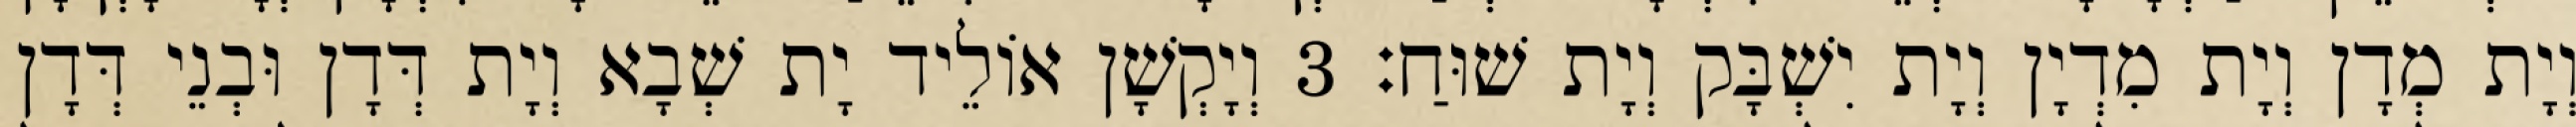
וְיָת מְדָן וְיָת מִדְיָן וְיָת יִשְׁבָּק וְיָת שׁוּחַ׃ 3 וְיָקְשָׁן אוֹלֵיד יָת שְׁבָא וְיָת דְּדָן וּבְנֵי דְּדָן